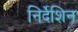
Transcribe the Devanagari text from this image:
निर्देशिन